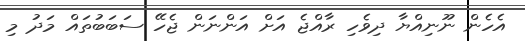
އެހެން ނޫނިއްޔާ ދިވެހި ރާއްޖެ އަށް އަންނަން ޖެހޭ ސަބަބުތައް މަދު މި